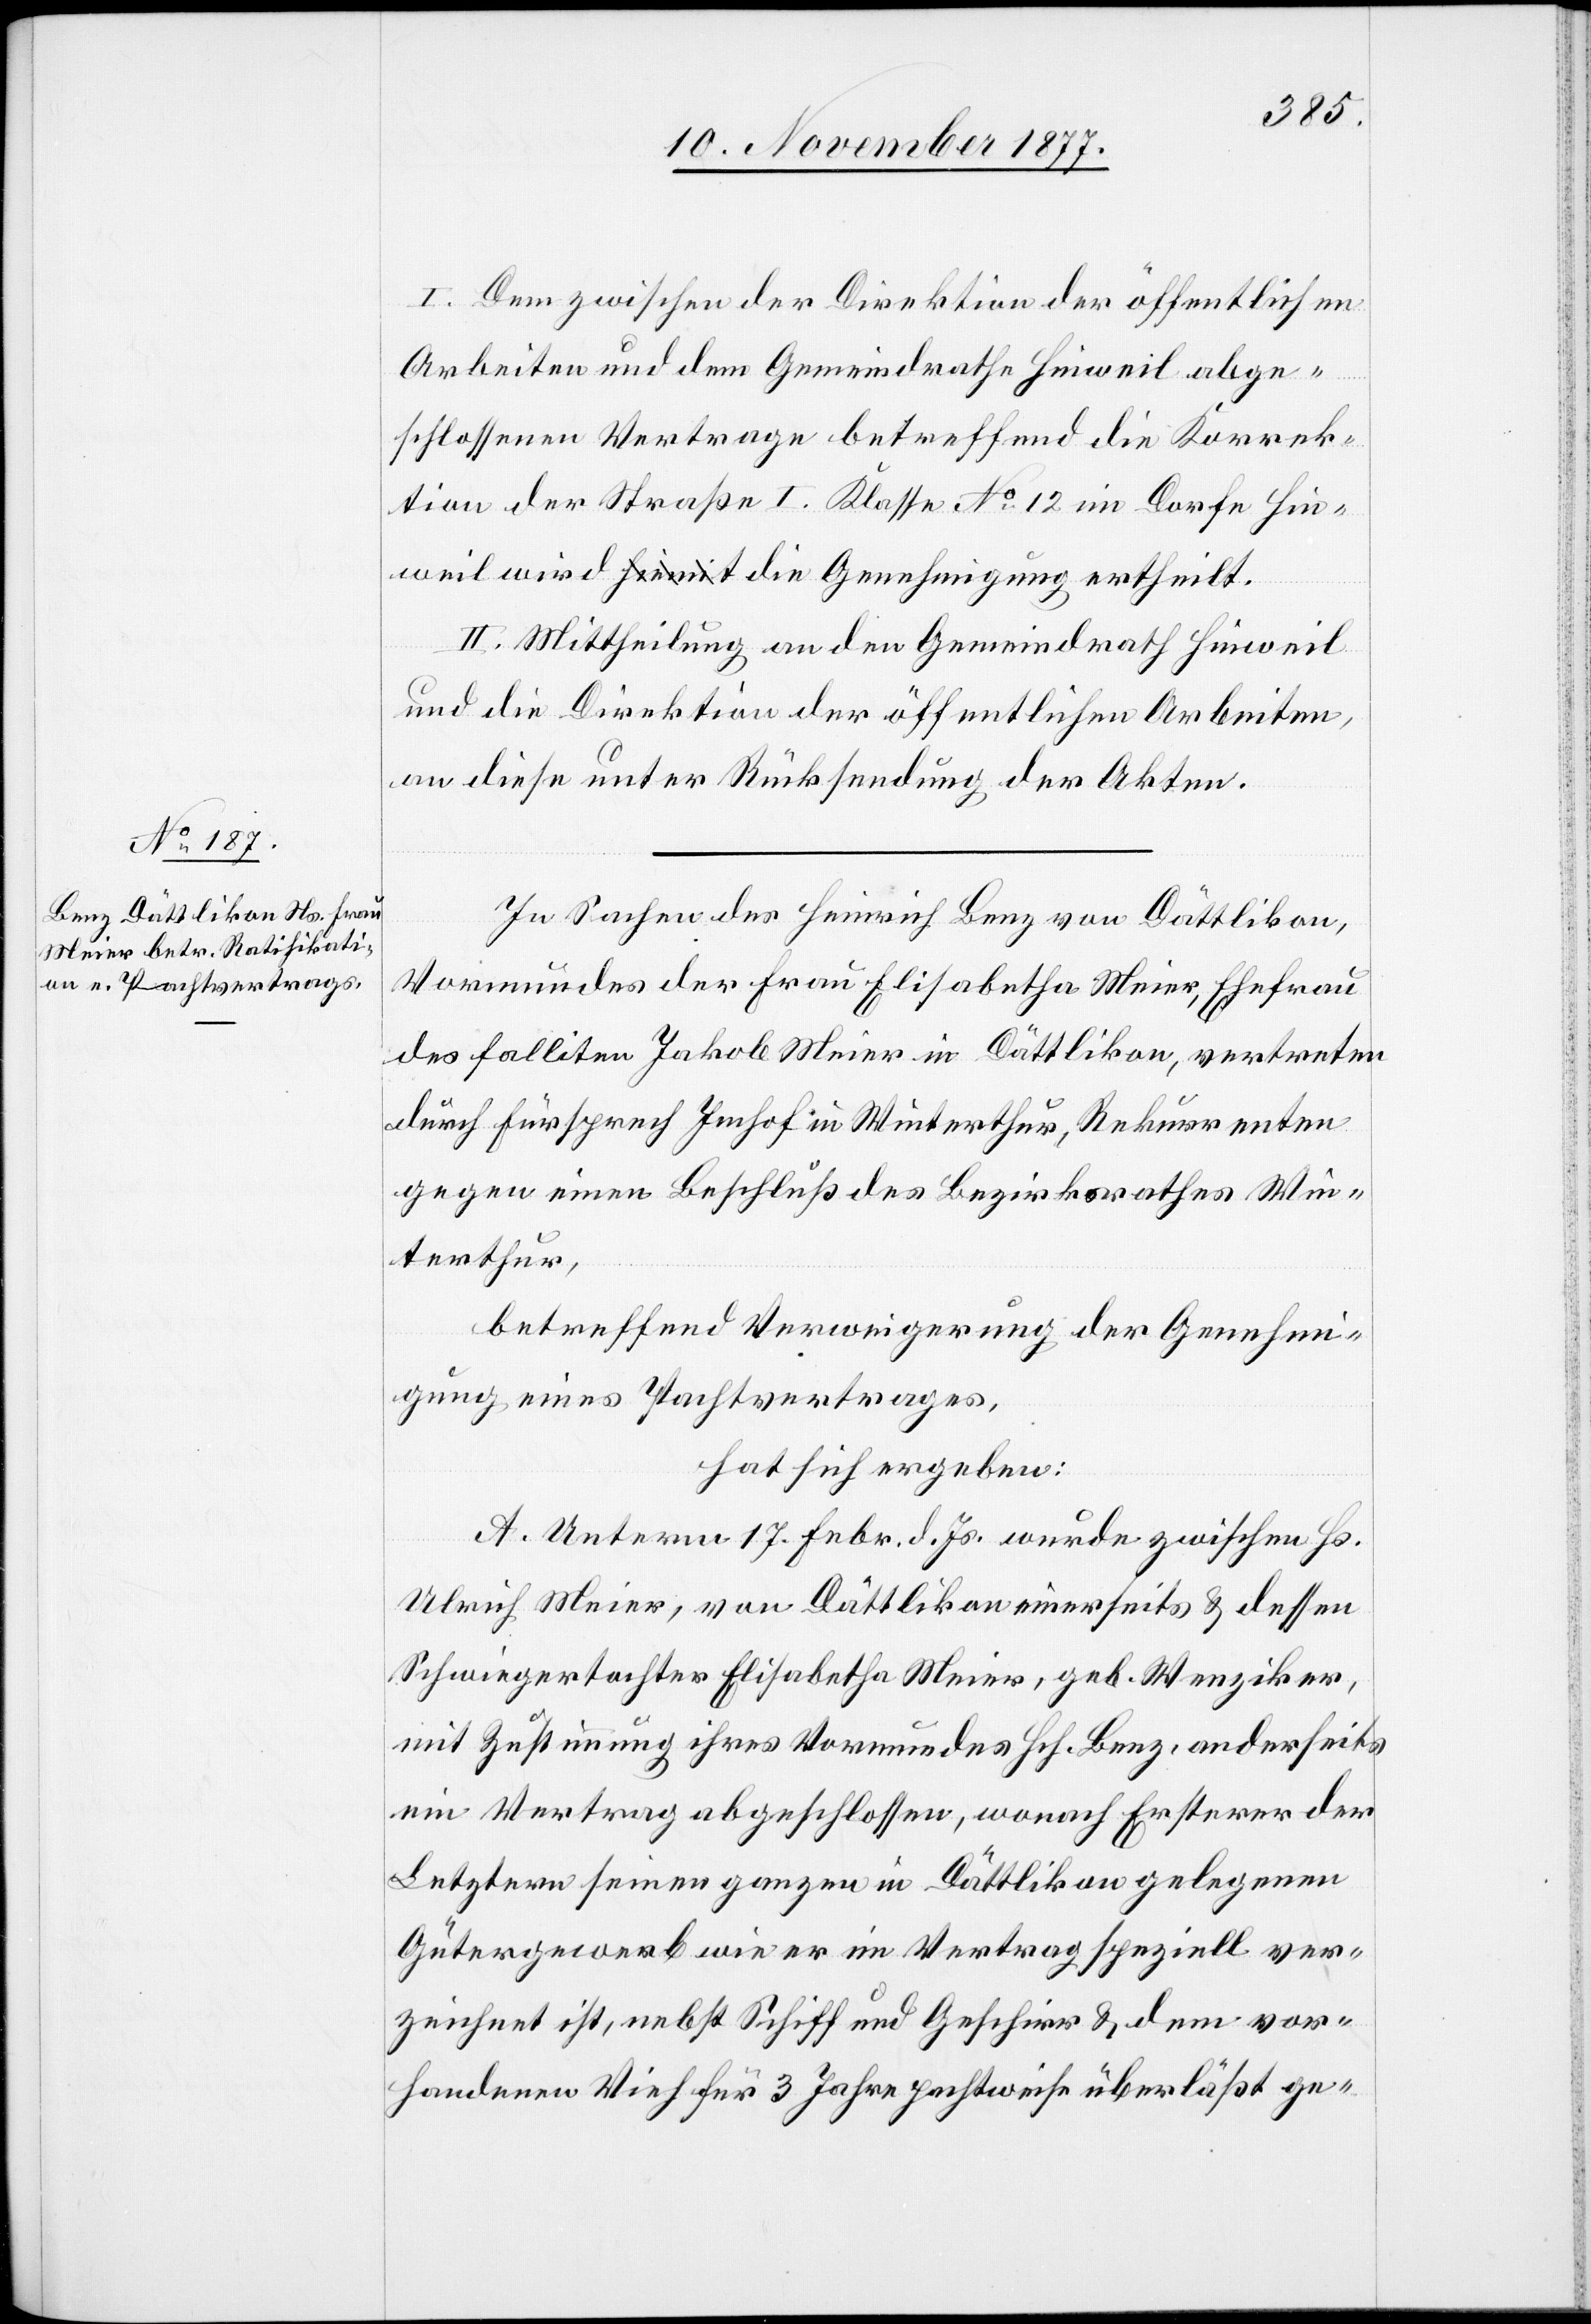
I. Dem zwischen der Direktion der öffentlichen
Arbeiten und dem Gemeindrathe Hinweil abge¬
schlossenen Vertrage betreffend die Korrek¬
tion der Straße I. Klasse No 12 im Dorfe Hin¬
weil wird a-hiemit-a die Genehmigung ertheilt.
II. Mittheilung an den Gemeindrath Hinweil
und die Direktion der öffentlichen Arbeiten,
an diese unter Rücksendung der Akten.
In Sachen des Heinrich Benz von Dättlikon,
Vormundes der Frau Elisabetha Meier, Ehefrau
des falliten Jakob Meier in Dättlikon, vertreten
durch Fürsprech Imhof in Winterthur, Rekurrenten
gegen einen Beschluß des Bezirksrathes Win¬
terthur,
betreffend Verweigerung der Genehmi¬
gung eines Pachtvertrages,
hat sich ergeben:
A. Unterm 17. Febr. d. Js. wurde zwischen Hs.
Ulrich Meier, von Dättlikon einerseits & dessen
Schwiegertochter Elisabetha Meier, geb. Wenziker,
mit Zustimmung ihres Vormundes Hch. Benz, anderseits
ein Vertrag abgeschlossen, wonach Ersterer der
Letztern seinen ganzen in Dättlikon gelegenen
Gütergewerb wie er im Vertrag speziell ver¬
zeichnet ist, nebst Schiff und Geschirr & dem vor¬
handenen Vieh für 3 Jahre pachtweise überläßt ge-